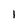
Character: l